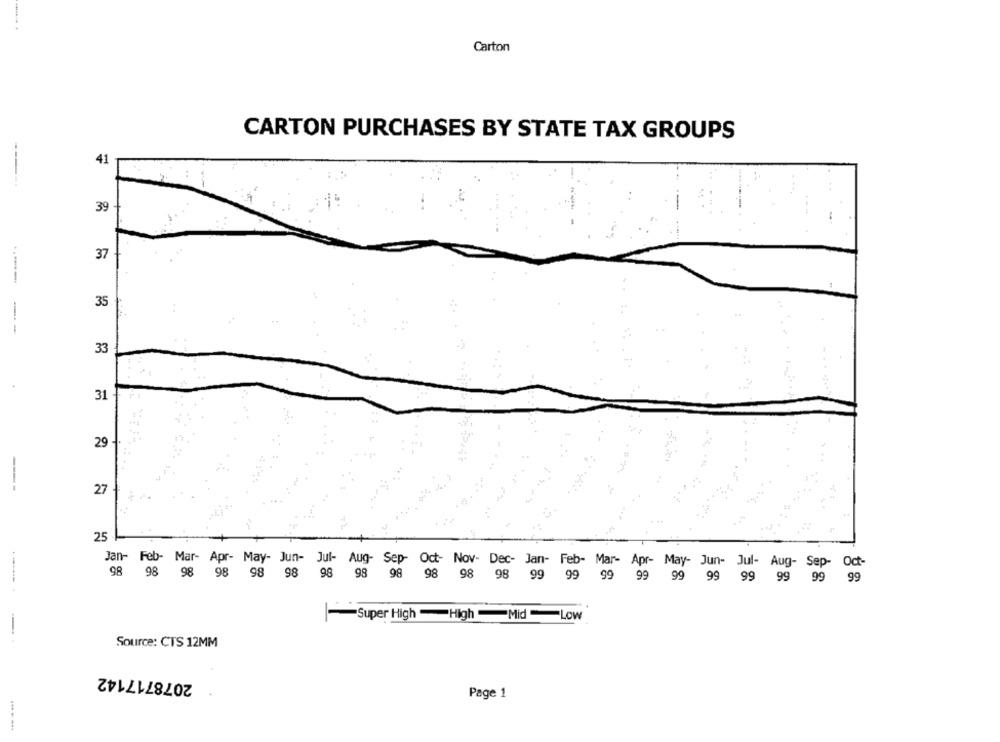
Carton
CARTON PURCHASES BY STATE TAX GROUPS
--
41
39
37
35
- -
33
31
29
----
27
25
Jan- Feb- Mar- Apr- May- Jun- Jul- Aug- Sep- Oct- Nov- Dec- Jan- Feb- Mar- Apr- May- Jun- Jul- Aug- Sep- Oct-
98 98 98 98 98 98 98 98 98 98
98
98 99 99 99 99 99 99 99 99 99 99
-Super High -High Mid Low
Source: CTS 12MM
2078717142
Page 1